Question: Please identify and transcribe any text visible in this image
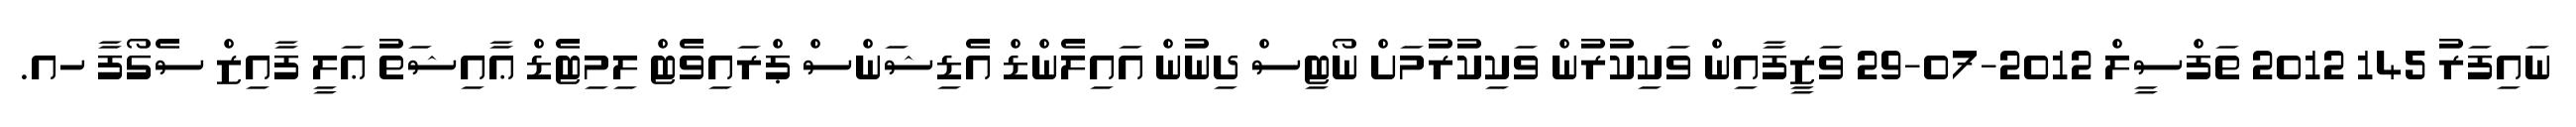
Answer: ނައިފަރު 145 2012 ތަފްސީލް 2012-07-29 ވަޒީފާއިން ވަކިކުރުން ވަކިކުރުމަށް ނޯޓިސް ދިނުން އައިލެންޑް އެޑިޝަންސް ޕްރައިވެޓް ލިމިޓެޑް ޢާއިޝަތު ޢަލީ ފާއިޒް ސެގޯފާ ހއ.